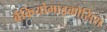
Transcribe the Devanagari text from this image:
बैंकियोमाइकोसिस